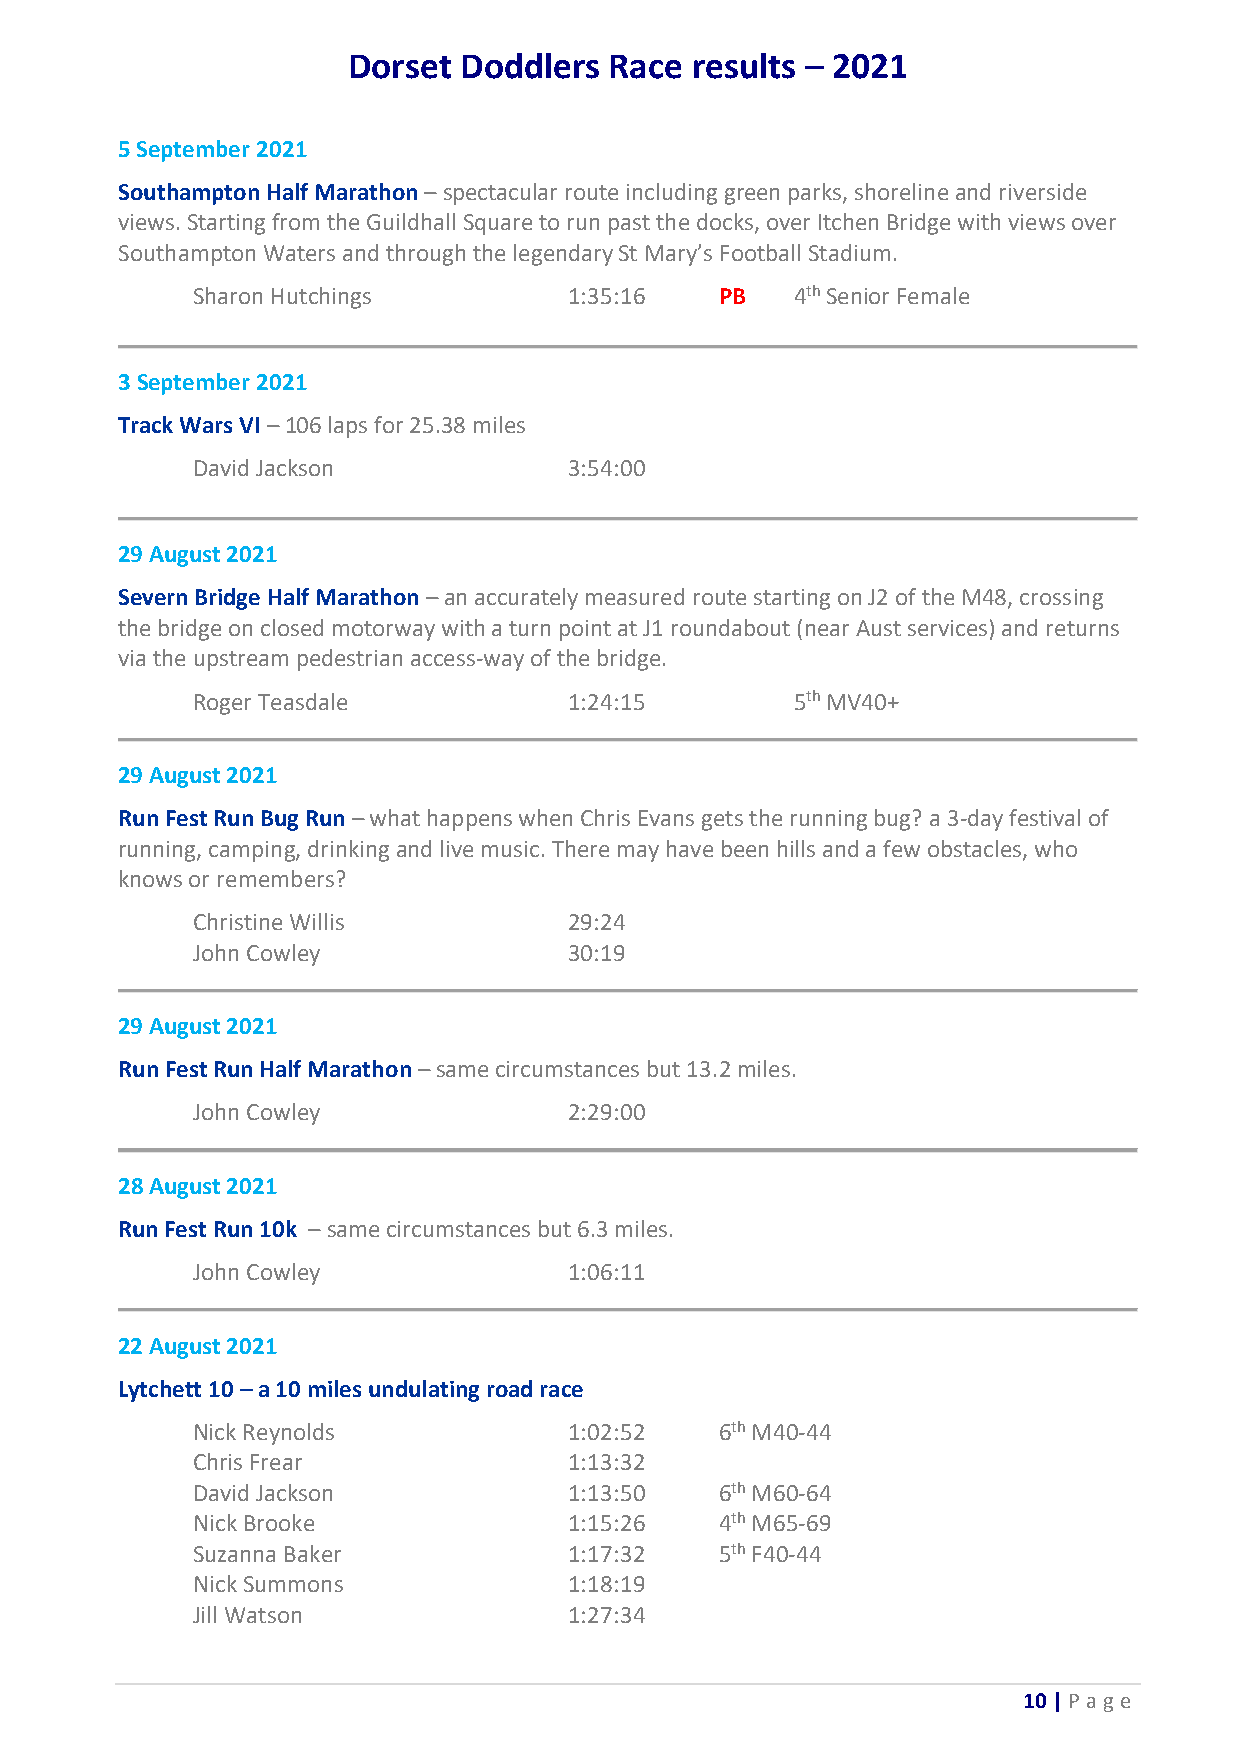
Dorset Doddlers  Race  results – 2021
 5 September 2021
 Southampton Half Marathon – spectacular route including green parks, shoreline and riverside
 views. Starting from the Guildhall Square to run past the docks, over Itchen Bridge with views over
 Southampton Waters and through the legendary St Mary’s Football Stadium.
 Sharon Hutchings         1:35:16   PB   4th Senior Female
 3 September 2021
 Track Wars VI – 106 laps for 25.38 miles
 David Jackson            3:54:00
 29 August 2021
 Severn Bridge Half Marathon – an accurately measured route starting on J2 of the M48, crossing
 the bridge on closed motorway with a turn point at J1 roundabout (near Aust services) and returns
 via the upstream pedestrian access-way of the bridge.
 Roger Teasdale           1:24:15        5th MV40+
 29 August 2021
 Run Fest Run Bug Run – what happens when Chris Evans gets the running bug? a 3-day festival of
 running, camping, drinking and live music. There may have been hills and a few obstacles, who
 knows or remembers?
 Christine Willis         29:24
 John Cowley              30:19
 29 August 2021
 Run Fest Run Half Marathon – same circumstances but 13.2 miles.
 John Cowley              2:29:00
 28 August 2021
 Run Fest Run 10k – same circumstances but 6.3 miles.
 John Cowley              1:06:11
 22 August 2021
 Lytchett 10 – a 10 miles undulating road race
 Nick Reynolds            1:02:52   6th M40-44
 Chris Frear              1:13:32
 David Jackson            1:13:50   6th M60-64
 Nick Brooke              1:15:26   4th M65-69
 Suzanna Baker            1:17:32   5th F40-44
 Nick Summons             1:18:19
 Jill Watson              1:27:34
 10 | P age